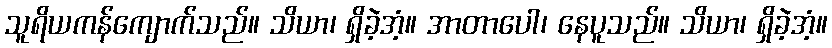
သူရိယကန်ကျောက်သည်။ သိယာ၊ ရှိခဲ့အံ့။ အာတာပေါ၊ နေပူသည်။ သိယာ၊ ရှိခဲ့အံ့။